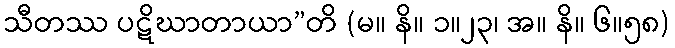
သီတဿ ပဋိဃာတာယာ”တိ (မ။ နိ။ ၁။၂၃၊ အ။ နိ။ ၆။၅၈)